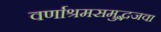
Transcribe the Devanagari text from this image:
वर्णाश्रमसमुद्भजवा